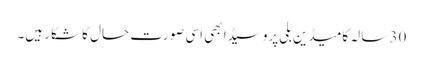
30 سالہ کامیڈین بلی پروسیڈا بھی اسی صورت حال کا شکار ہیں۔